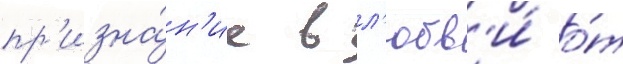
пр'изна́н'ие в л'юбв'и́ о́т